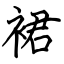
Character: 裙